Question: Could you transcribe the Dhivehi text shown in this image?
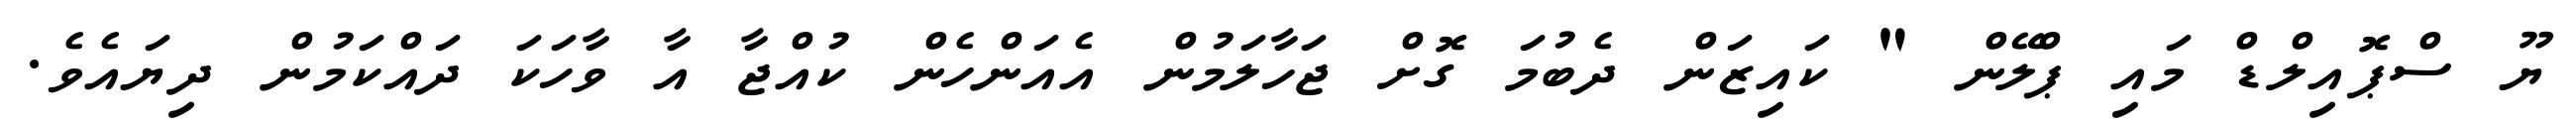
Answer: ޔޫ ސްޕޮއިލްޑް މައި ޕްލޭން " ކައިޒަން ދެބުމަ ގޮށް ޖަހާލަމުން އެއަންހެން ކުއްޖާ އާ ވާހަކަ ދައްކަމުން ދިޔައެވެ.